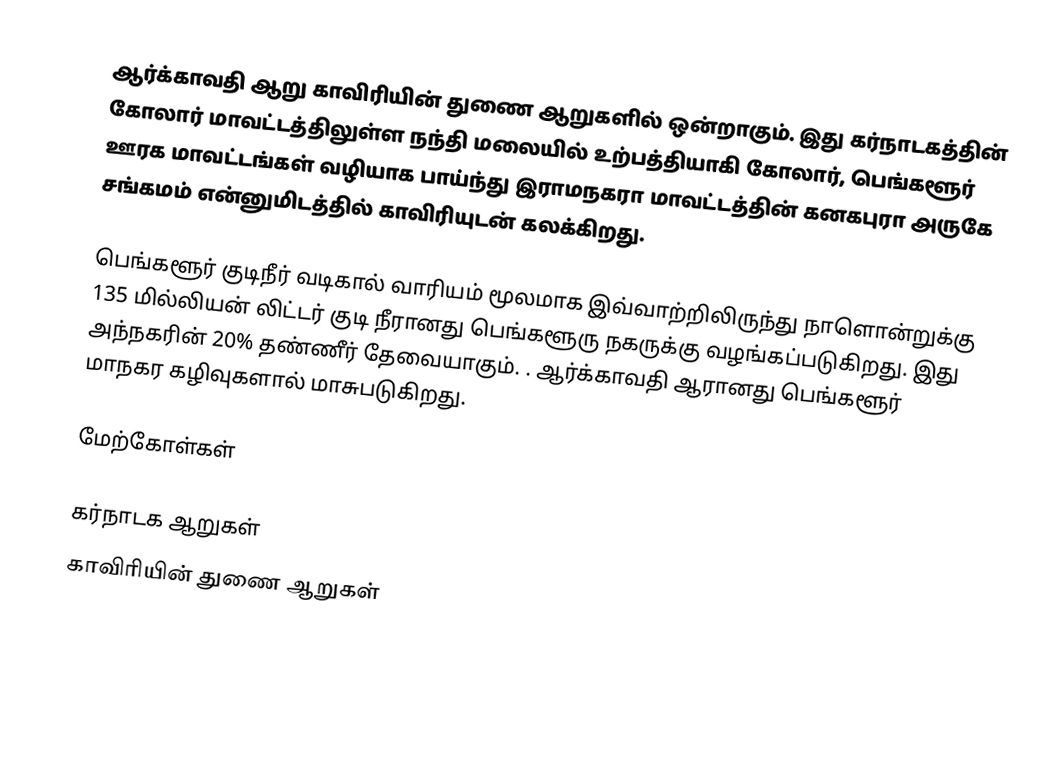
ஆர்க்காவதி ஆறு காவிரியின் துணை ஆறுகளில் ஒன்றாகும். இது கர்நாடகத்தின் கோலார் மாவட்டத்திலுள்ள நந்தி மலையில் உற்பத்தியாகி கோலார், பெங்களூர் ஊரக மாவட்டங்கள் வழியாக பாய்ந்து இராமநகரா மாவட்டத்தின் கனகபுரா அருகே சங்கமம் என்னுமிடத்தில் காவிரியுடன் கலக்கிறது.

பெங்களூர் குடிநீர் வடிகால் வாரியம் மூலமாக இவ்வாற்றிலிருந்து நாளொன்றுக்கு 135 மில்லியன் லிட்டர் குடி நீரானது பெங்களூரு நகருக்கு வழங்கப்படுகிறது. இது அந்நகரின் 20% தண்ணீர் தேவையாகும். . ஆர்க்காவதி ஆரானது பெங்களூர் மாநகர கழிவுகளால் மாசுபடுகிறது.

மேற்கோள்கள்

கர்நாடக ஆறுகள்
காவிரியின் துணை ஆறுகள்